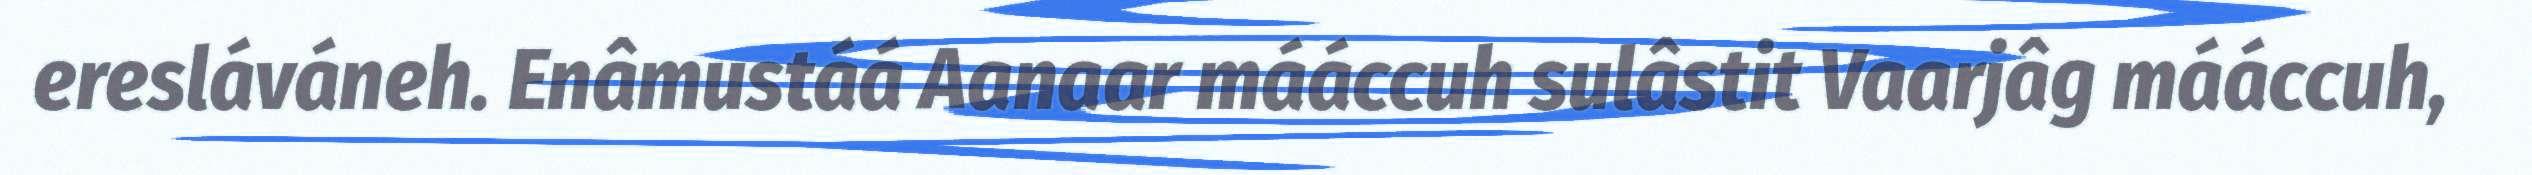
eresláváneh. Enâmustáá Aanaar mááccuh sulâstit Vaarjâg mááccuh,